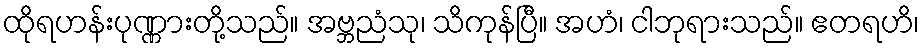
ထိုရဟန်းပုဏ္ဏားတို့သည်။ အဗ္ဘညံသု၊ သိကုန်ပြီ။ အဟံ၊ ငါဘုရားသည်။ ဧတရဟိ၊